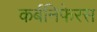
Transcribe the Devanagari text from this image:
कर्बनिफेरस